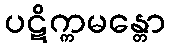
ပဋိက္ကမန္တော